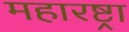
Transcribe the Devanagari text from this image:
महारष्ट्रा